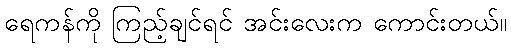
ရေကန်ကို ကြည့်ချင်ရင် အင်းလေးက ကောင်းတယ်။